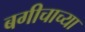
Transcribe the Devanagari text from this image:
बगीचाच्या